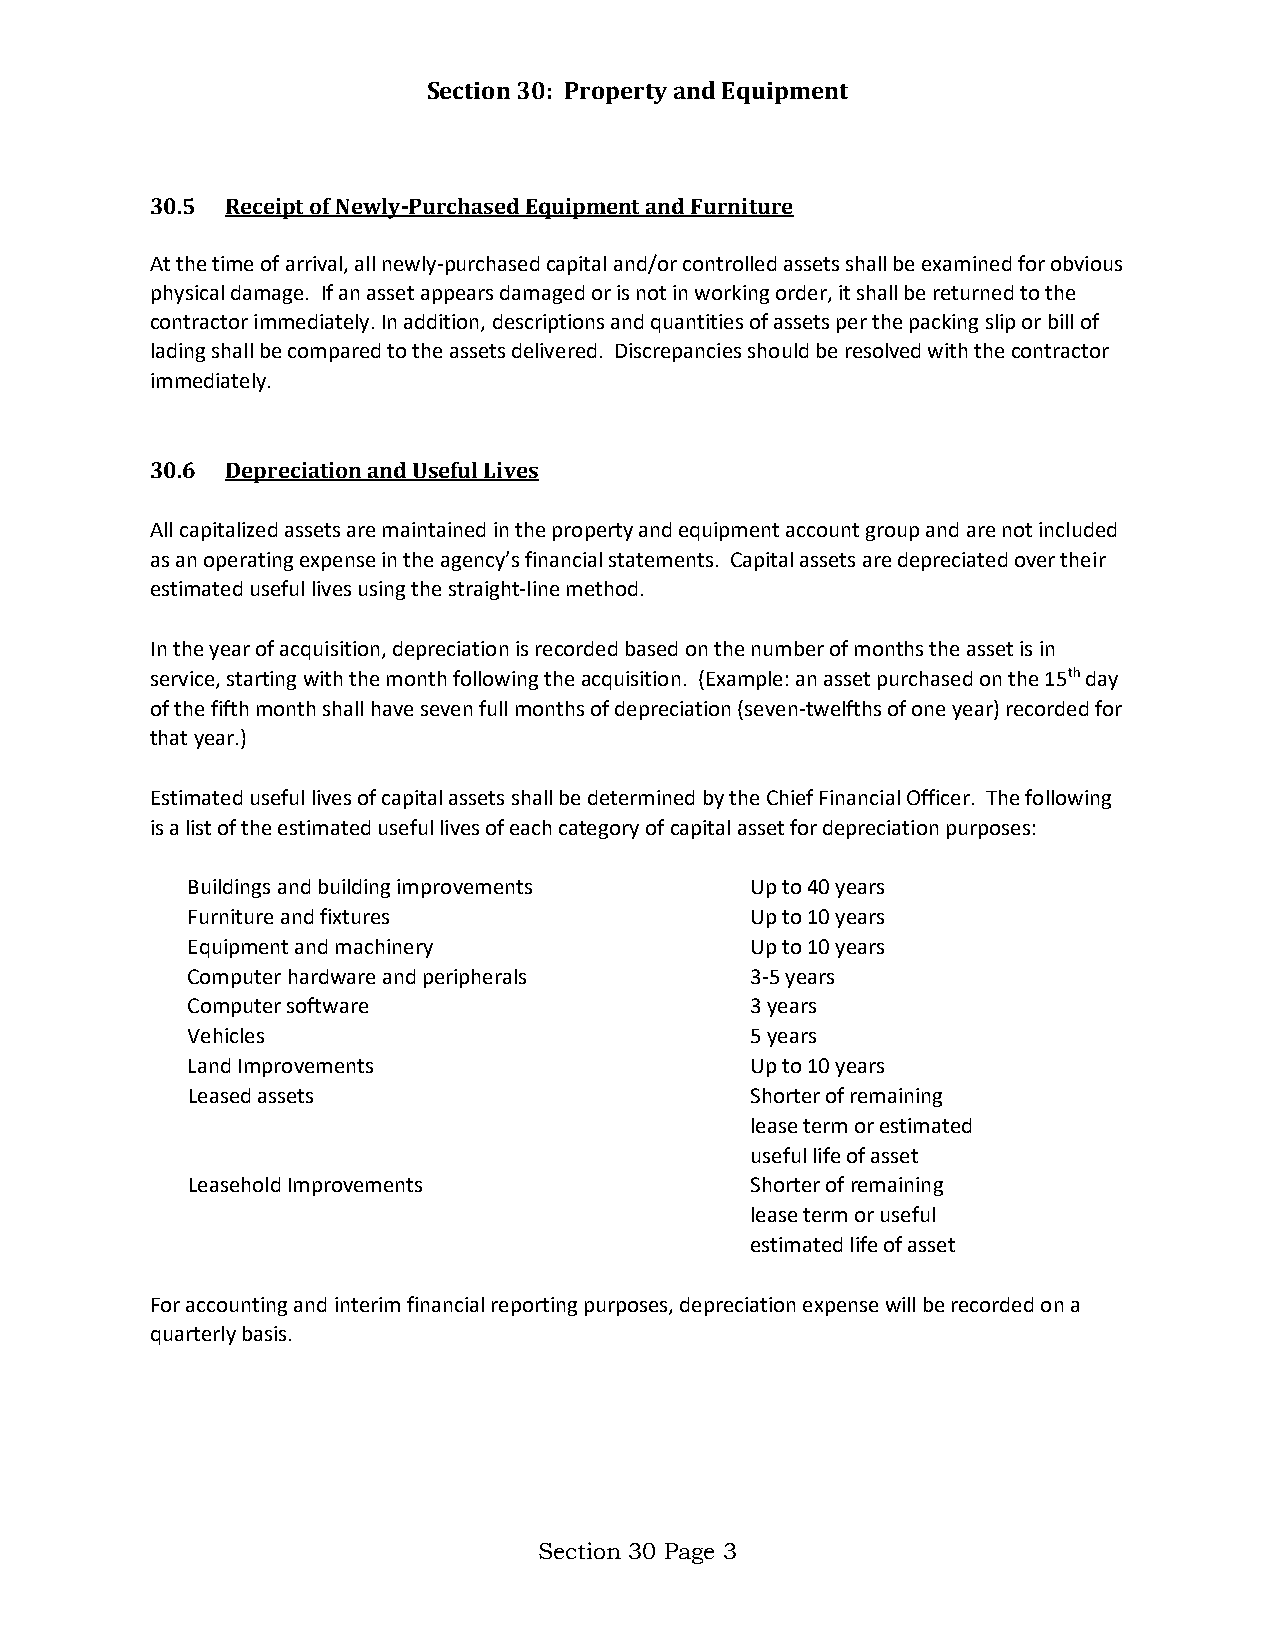
Section 30: Property and Equipment
 30.5 Receipt of Newly-Purchased Equipment and Furniture
 At the time of arrival, all newly-purchased capital and/or controlled assets shall be examined for obvious
 physical damage. If an asset appears damaged or is not in working order, it shall be returned to the
 contractor immediately. In addition, descriptions and quantities of assets per the packing slip or bill of
 lading shall be compared to the assets delivered. Discrepancies should be resolved with the contractor
 immediately.
 30.6 Depreciation and Useful Lives
 All capitalized assets are maintained in the property and equipment account group and are not included
 as an operating expense in the agency’s financial statements. Capital assets are depreciated over their
 estimated useful lives using the straight-line method.
 In the year of acquisition, depreciation is recorded based on the number of months the asset is in
 service, starting with the month following the acquisition. (Example: an asset purchased on the 15th day
 of the fifth month shall have seven full months of depreciation (seven-twelfths of one year) recorded for
 that year.)
 Estimated useful lives of capital assets shall be determined by the Chief Financial Officer. The following
 is a list of the estimated useful lives of each category of capital asset for depreciation purposes:
 Buildings and building improvements   Up to 40 years
 Furniture and fixtures                Up to 10 years
 Equipment and machinery               Up to 10 years
 Computer hardware and peripherals     3-5 years
 Computer software                     3 years
 Vehicles                              5 years
 Land Improvements                     Up to 10 years
 Leased assets                         Shorter of remaining
 lease term or estimated
 useful life of asset
 Leasehold Improvements                Shorter of remaining
 lease term or useful
 estimated life of asset
 For accounting and interim financial reporting purposes, depreciation expense will be recorded on a
 quarterly basis.
 Section 30 Page 3